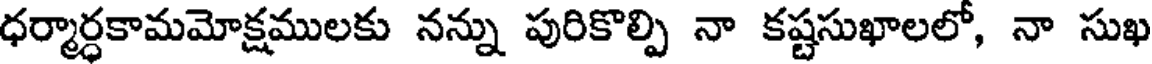
ధర్మార్ధకామమోక్షములకు నన్ను పురికొల్పి నా కష్టసుఖాలలో, నా సుఖ